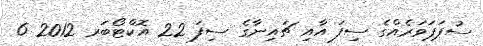
ސުޕަޕަވަރެއްގެ ސިފަ އާއި ޗައިނާގެ ސިފަ 22 އޮކްޓޯބަރ 2012 6